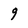
Character: g